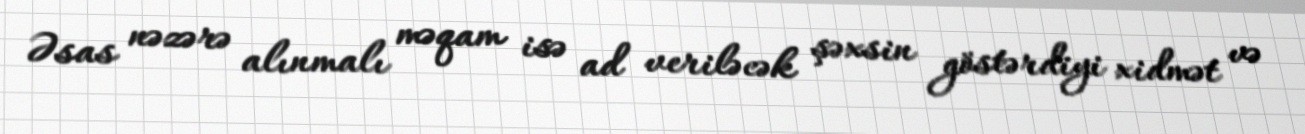
Əsas nəzərə alınmalı məqam isə ad veriləcək şəxsin göstərdiyi xidmət və